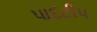
પાદટીપ